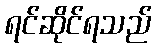
ရင်ဆိုင်ရသည်